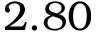
2 . 8 0